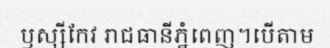
ឫស្សីកែវ រាជធានីភ្នំពេញ។បើតាម